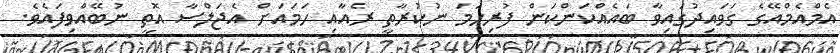
އެމްއެމްއޭގެ ގަވައިދުގައިވާ ބައެއްކަންކަން ފުރިހަމަ ނުކުރާތީ ރެއާއި ހަމައަށް އެޖަލްސާ އޮތީ ނުބޭއްވިފައެވެ.